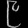
Digit: ၉